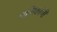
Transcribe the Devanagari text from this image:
श्रमिकांनी